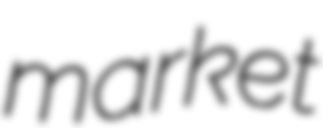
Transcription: market